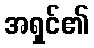
အရှင်၏